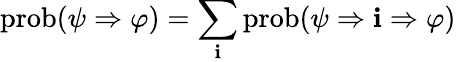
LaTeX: \operatorname{prob}(\psi\Rightarrow\varphi)=\sum_{\mathbf{i}}\operatorname{prob}(\psi\Rightarrow\mathbf{i}\Rightarrow\varphi)